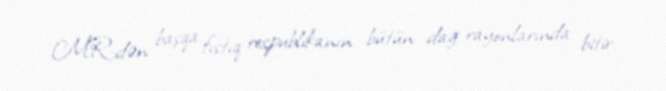
MR-dən başqa fıstıq respublikanın bütün dağ rayonlarında bitir.